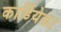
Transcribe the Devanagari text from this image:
कार्डियेका